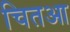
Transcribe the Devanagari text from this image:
चितआ